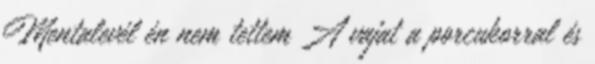
Mentalevél én nem tettem A vajat a porcukorral és